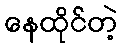
နေထိုင်တဲ့